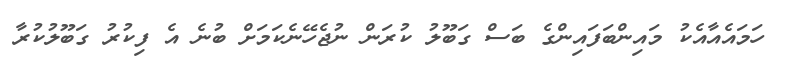
ހަމައެއާއެކު މައިންބަފައިންގެ ބަސް ގަބޫލު ކުރަން ނުޖެހޭނެކަމަށް ބުނެ އެ ފިކުރު ގަބޫލުކުރާ